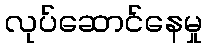
လုပ်ဆောင်နေမှု